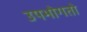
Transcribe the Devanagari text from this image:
उपभोगतो